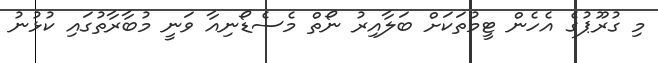
މި ގުރޫޕުގެ އެހެން ޓީމުތަކަށް ބަލާއިރު ނޯތް މެސެޑޯނިއާ ވަނީ މުބާރާތުގައި ކުޅުނު